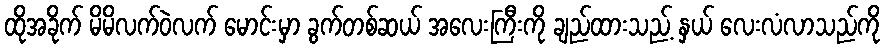
ထိုအခိုက် မိမိလက်ဝဲလက် မောင်းမှာ ခွက်တစ်ဆယ် အလေးကြီးကို ချည်ထားသည့် နှယ် လေးလံလာသည်ကို